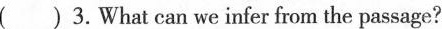
( )3. What can we infer from the passage?